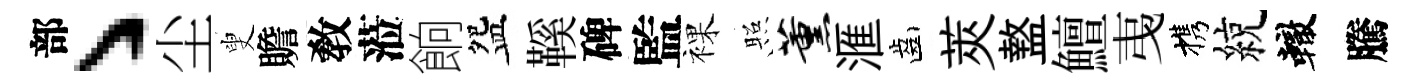
部丶尘叟贍敎蒞餉盌鞵碑監裸照薰滙齒莢盩鱣𢎯携綂轍騰